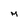
Character: M